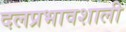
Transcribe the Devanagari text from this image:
दलप्रभावशाली